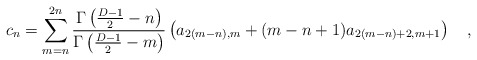
\begin{align*}c_n=\sum_{m=n}^{2n}{\Gamma\left({D-1 \over 2}-n\right) \over \Gamma\left({D-1 \over 2}-m\right)}\left(a_{2(m-n),m}+(m-n+1)a_{2(m-n)+2,m+1}\right)~~~,\end{align*}